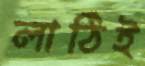
লাঠিই